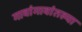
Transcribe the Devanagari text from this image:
गावांगावांतल्या